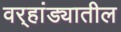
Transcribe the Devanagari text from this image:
वर्‍हांड्यातील